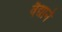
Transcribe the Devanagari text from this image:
वैद्यानें